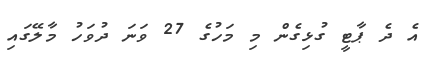
އެ ދެ ޕާޓީ ގުޅިގެން މި މަހުގެ 27 ވަނަ ދުވަހު މާލޭގައި